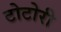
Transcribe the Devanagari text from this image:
टोटोरी